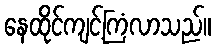
နေထိုင်ကျင့်ကြံလာသည်။